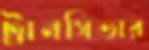
ট্রানসিভার